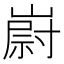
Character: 嶎